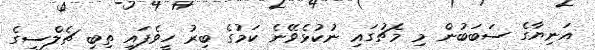
އަނިޔާގެ ސަބަބުން މި މެޗުގައި ނުކުޅެވޭނެ ކަމުގެ ބިރު ހީވެފައި ތިބި ޗެލްސީގެ